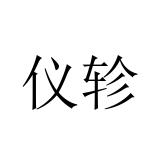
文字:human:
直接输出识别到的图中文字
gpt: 仪轸